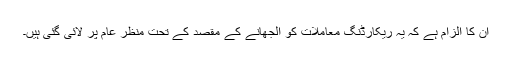
اُن کا الزام ہے کہ یہ ریکارڈنگ معاملات کو اُلجھانے کے مقصد کے تحت منظرِ عام پر لائی گئی ہیں۔